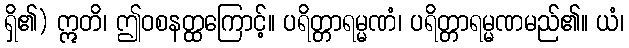
ရှိ၏) ဣတိ၊ ဤဝစနတ္ထကြောင့်။ ပရိတ္တာရမ္မဏံ၊ ပရိတ္တာရမ္မဏမည်၏။ ယံ၊